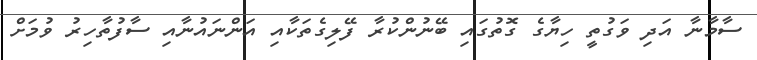
ސާމާނާ އަދި ވަގުތީ ހިޔާގެ ގޮތުގައި ބޭނުންކުރާ ފޭލިގެތަކާއި އަންނައުނާއި ސާފުތާހިރު ވުމަށް